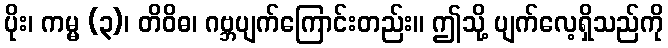
ပိုး၊ ကမ္မ (၃)၊ တိဝိဓ၊ ဂဗ္ဘပျက်ကြောင်းတည်း။ ဤသို့ ပျက်လေ့ရှိသည်ကို